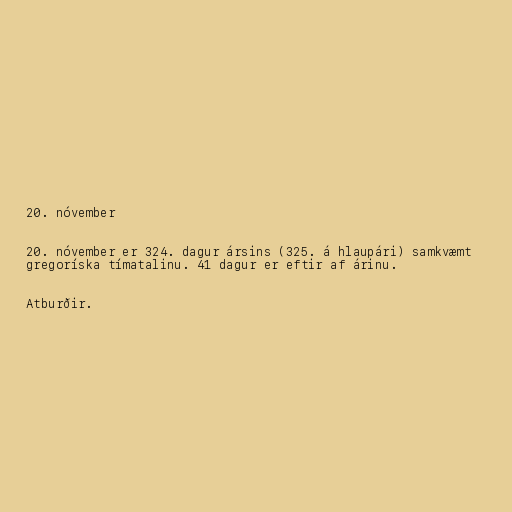
20. nóvember

20. nóvember er 324. dagur ársins (325. á hlaupári) samkvæmt
gregoríska tímatalinu. 41 dagur er eftir af árinu.

Atburðir.